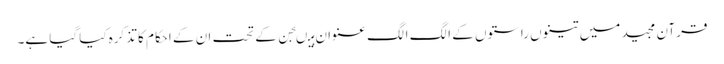
قرآن مجید میں تینوں راستوں کے الگ الگ عنوان ہیںجن کے تحت ان کے احکام کا تذکرہ کیا گیا ہے۔